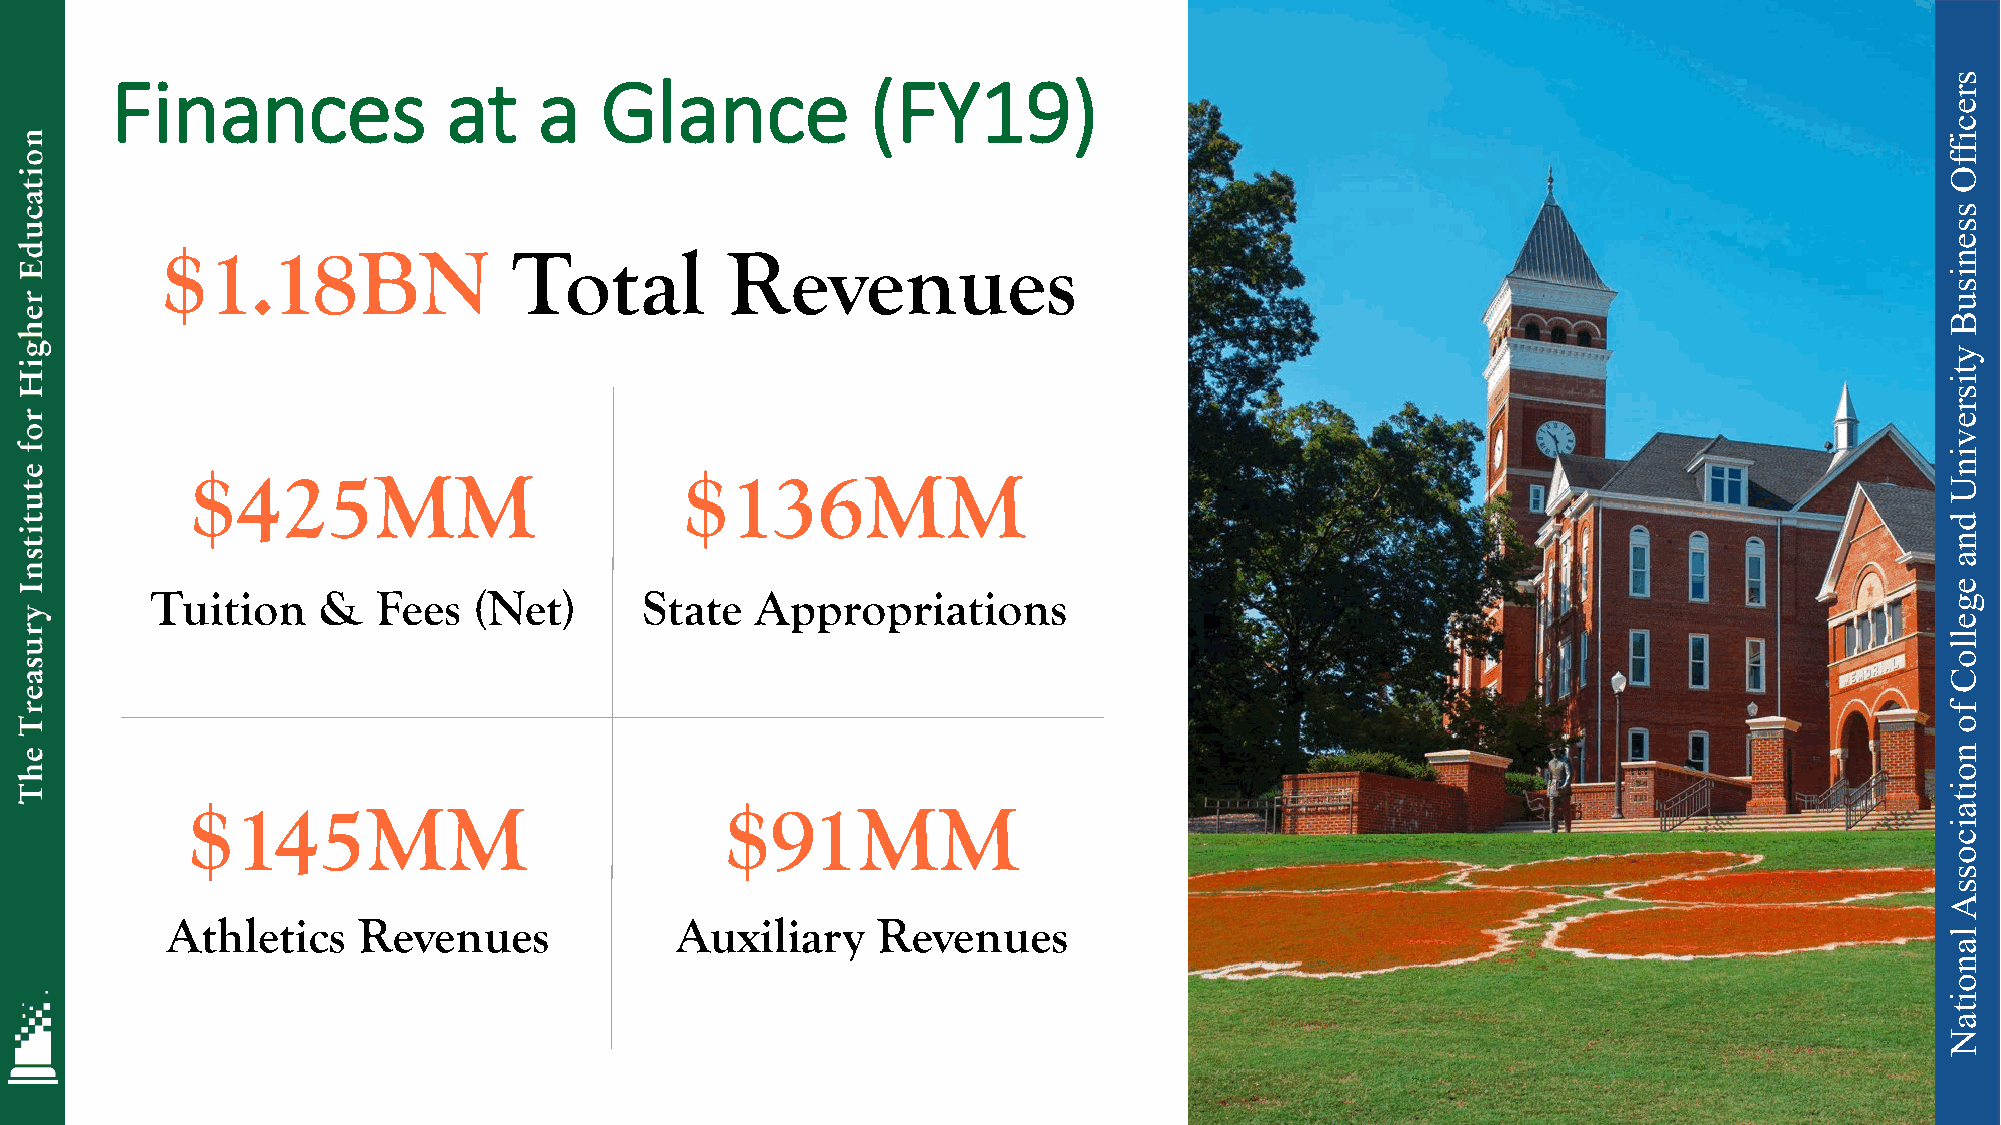
Finances               at    a   Glance            (FY19)
 $1.18BN                Total         Revenues
 $425MM                          $136MM
 Tuition    &   Fees  (Net)       State  Appropriations
 $145MM                              $91MM
 Athletics    Revenues             Auxiliary    Revenues
 7
 sreciffO
 ssenisuB
 ytisrevinU
 dna
 egelloC
 fo
 noitaicossA
 lanoitaN